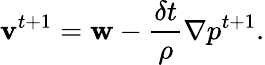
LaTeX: \mathbf{v}^{t+1}=\mathbf{w}-\frac{\delta t}{\rho}\nabla p^{t+1}.